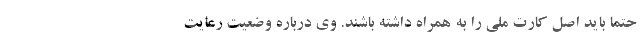
حتما باید اصل کارت ملی را به همراه داشته باشند. وی درباره وضعیت رعایت